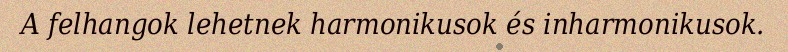
A felhangok lehetnek harmonikusok és inharmonikusok.